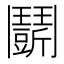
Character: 𩰖